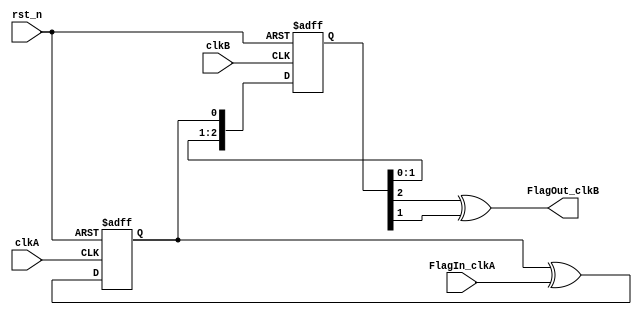
/*
module flag_cdc(
		clkA, FlagIn_clkA, 
		clkB, FlagOut_clkB,rst_n);
   
   // clkA domain signals
   input clkA, FlagIn_clkA;
   input rst_n;
   
// clkB domain signals
   input clkB;
   output FlagOut_clkB;
   
   reg 	  FlagToggle_clkA;
   reg [2:0] SyncA_clkB;
   
   // this changes level when a flag is seen
   always @(posedge clkA)
     begin : cdc_clk_a
	if (rst_n == 1'b0) begin
	   FlagToggle_clkA <= 1'b0;
	end
	
	else if(FlagIn_clkA == 1'b1) begin
	   FlagToggle_clkA <= ~FlagToggle_clkA;
	end
	
     end
   
   // which can then be sync-ed to clkB
   always @(posedge clkB) SyncA_clkB <= {SyncA_clkB[1:0], FlagToggle_clkA};
   
   // and recreate the flag from the level change
   assign FlagOut_clkB = (SyncA_clkB[2] ^ SyncA_clkB[1]);
endmodule
*/


module flag_cdc(
		input  clkA,
		input  FlagIn_clkA, 
		input  clkB,
		output FlagOut_clkB,
		input  rst_n
		);
   
   // this changes level when the FlagIn_clkA is seen in clkA
   reg 		       FlagToggle_clkA = 1'b0;
   
   always @(posedge clkA or negedge rst_n)
     if (rst_n == 1'b0) begin
	FlagToggle_clkA <= 1'b0;
     end else begin
	FlagToggle_clkA <= FlagToggle_clkA ^ FlagIn_clkA;
     end
   
   
   // which can then be sync-ed to clkB
   reg [2:0] SyncA_clkB = 3'b0;
   always @(posedge clkB or negedge rst_n)
     if (rst_n == 1'b0) begin
	SyncA_clkB <= 3'b0;
     end else begin
	SyncA_clkB <= {SyncA_clkB[1:0], FlagToggle_clkA};
     end
   // and recreate the flag in clkB
   assign FlagOut_clkB = (SyncA_clkB[2] ^ SyncA_clkB[1]);
endmodule